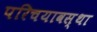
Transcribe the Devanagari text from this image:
परिचयावस्था